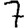
Digit: 7